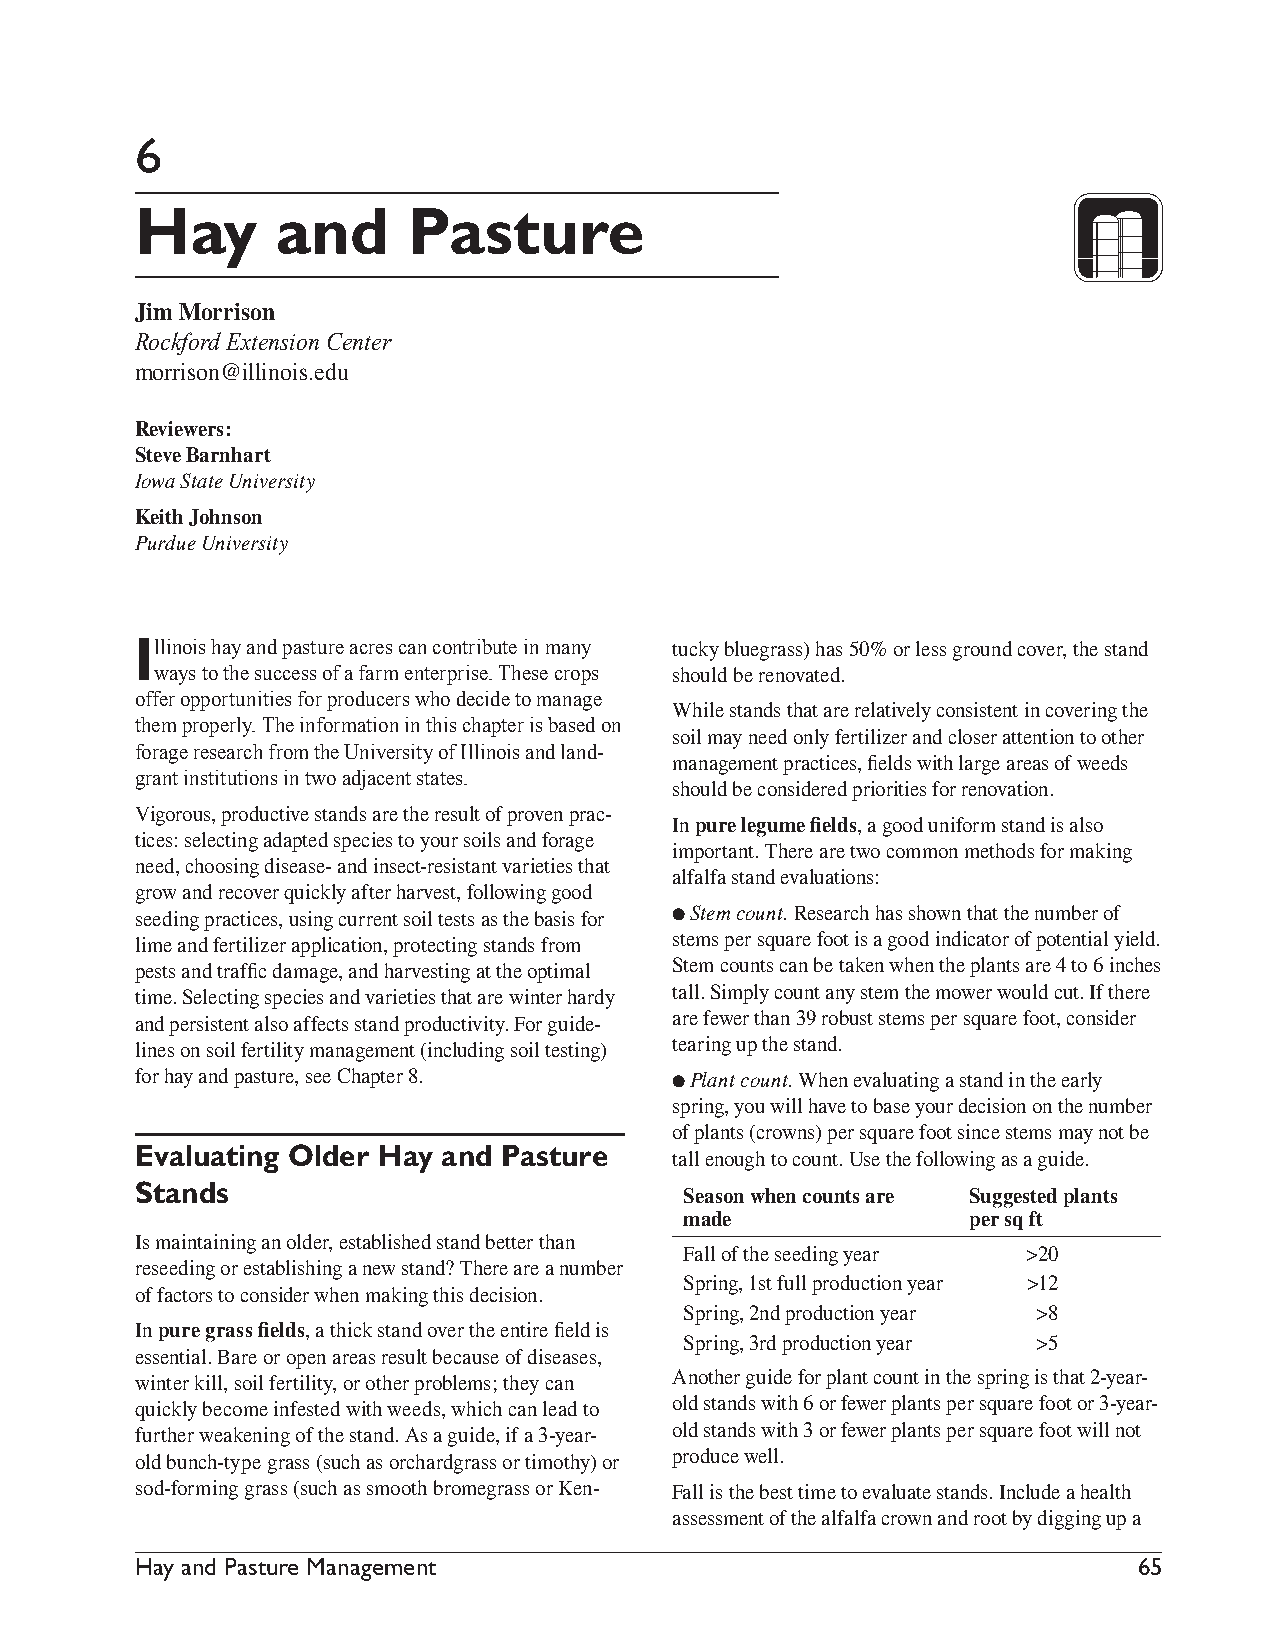
6
 Hay       and     Pasture
 Jim Morrison
 Rockford Extension Center
 morrison@illinois.edu
 Reviewers:
 Steve Barnhart
 Iowa State University
 Keith Johnson
 Purdue University
 Illinois hay and pasture acres can contribute in many tucky bluegrass) has 50% or less ground cover, the stand
 ways to the success of a farm enterprise. These crops should be renovated.
 offer opportunities for producers who decide to manage
 While stands that are relatively consistent in covering the
 them properly. The information in this chapter is based on
 soil may need only fertilizer and closer attention to other
 forage research from the University of Illinois and land-
 management practices, fields with large areas of weeds
 grant institutions in two adjacent states.
 should be considered priorities for renovation.
 Vigorous, productive stands are the result of proven prac-
 In pure legume fields, a good uniform stand is also
 tices: selecting adapted species to your soils and forage
 important. There are two common methods for making
 need, choosing disease- and insect-resistant varieties that
 alfalfa stand evaluations:
 grow and recover quickly after harvest, following good
 seeding practices, using current soil tests as the basis for l Stem count. Research has shown that the number of
 lime and fertilizer application, protecting stands from stems per square foot is a good indicator of potential yield.
 pests and traffic damage, and harvesting at the optimal Stem counts can be taken when the plants are 4 to 6 inches
 time. Selecting species and varieties that are winter hardy tall. Simply count any stem the mower would cut. If there
 and persistent also affects stand productivity. For guide- are fewer than 39 robust stems per square foot, consider
 lines on soil fertility management (including soil testing) tearing up the stand.
 for hay and pasture, see Chapter 8. l Plant count. When evaluating a stand in the early
 spring, you will have to base your decision on the number
 of plants (crowns) per square foot since stems may not be
 Evaluating Older Hay and Pasture
 tall enough to count. Use the following as a guide.
 Stands
 Season when counts are Suggested plants
 made              per sq ft
 Is maintaining an older, established stand better than
 Fall of the seeding year >20
 reseeding or establishing a new stand? There are a number
 Spring, 1st full production year >12
 of factors to consider when making this decision.
 Spring, 2nd production year >8
 In pure grass fields, a thick stand over the entire field is
 Spring, 3rd production year >5
 essential. Bare or open areas result because of diseases,
 winter kill, soil fertility, or other problems; they can Another guide for plant count in the spring is that 2-year-
 quickly become infested with weeds, which can lead to old stands with 6 or fewer plants per square foot or 3-year-
 further weakening of the stand. As a guide, if a 3-year- old stands with 3 or fewer plants per square foot will not
 old bunch-type grass (such as orchardgrass or timothy) or produce well.
 sod-forming grass (such as smooth bromegrass or Ken- Fall is the best time to evaluate stands. Include a health
 assessment of the alfalfa crown and root by digging up a
 Hay and Pasture Management                                         65